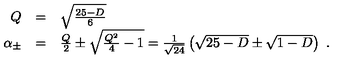
\begin{array} { r c l } { Q } & { = } & { \sqrt { \frac { 2 5 - D } { 6 } } } \\ { \alpha _ { \pm } } & { = } & { \frac { Q } { 2 } \pm \sqrt { \frac { Q ^ { 2 } } { 4 } - 1 } = \frac { 1 } { \sqrt { 2 4 } } \left( \sqrt { 2 5 - D } \pm \sqrt { 1 - D } \right) \ . } \\ \end{array}